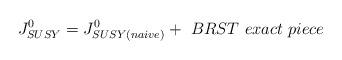
LaTeX: \begin{align*}J^{0}_{SUSY} = J^{0}_{SUSY(naive)} +\ BRST\ exact\ piece\end{align*}